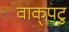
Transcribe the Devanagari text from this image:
वाक्‌पटु